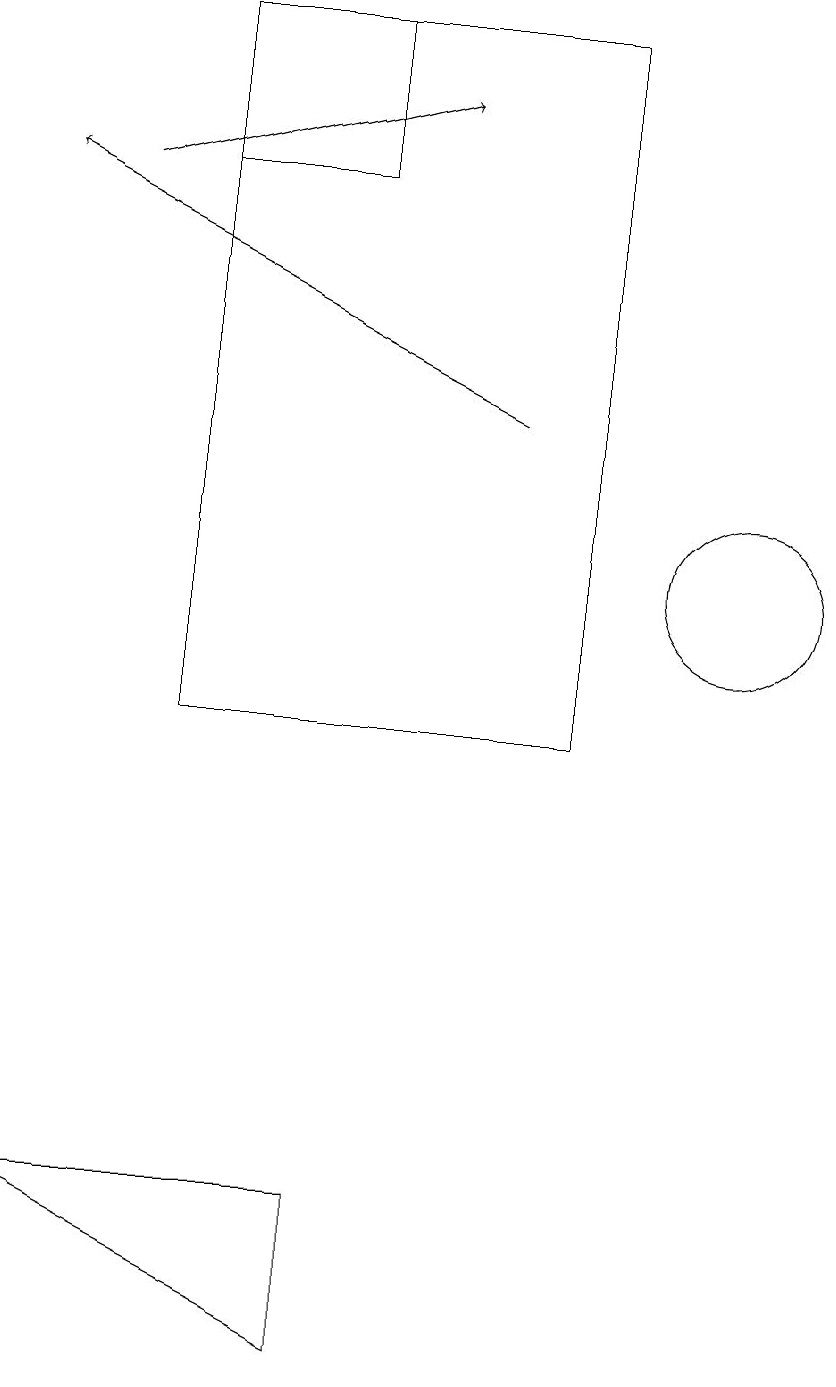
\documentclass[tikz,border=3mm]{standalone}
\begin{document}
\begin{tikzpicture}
\draw (6,4) -- (6,2) -- (2,4) -- cycle;
\draw (6,17) rectangle (4,19);
\draw (11,12) circle (1);
\draw (9,19) rectangle (4,10);
\draw[->] (8,14) -- (2,17);
\draw[->] (3,17) -- (7,18);
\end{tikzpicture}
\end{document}